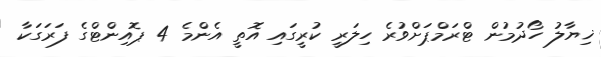
ޚިޔާލު ހޯދުމުން ޓްރަމްޕަށްވުރެ ހިލަރީ ކުރީގައި އޮތީ އެންމެ 4 ޕޮއިންޓްގެ ފަރަގަކާ